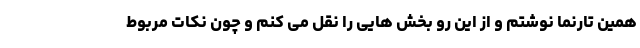
همین تارنما نوشتم و از این رو بخش هایی را نقل می کنم و چون نکات مربوط